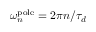
\omega _ { n } ^ { \mathrm { p o l e } } = 2 \pi n / \tau _ { d }